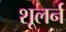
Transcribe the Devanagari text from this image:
शूलर्न